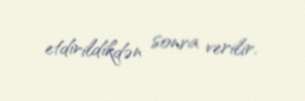
etdirildikdən sonra verilir.